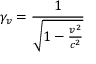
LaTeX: \gamma _ { v } = { \frac { 1 } { \sqrt { 1 - { \frac { v ^ { 2 } } { c ^ { 2 } } } } } }